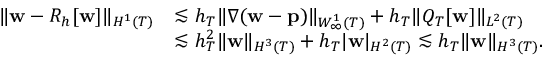
\begin{array} { r l } { \| \mathbf { w } - R _ { h } [ \mathbf { w } ] \| _ { H ^ { 1 } ( T ) } } & { \lesssim h _ { T } \| \nabla ( \mathbf { w } - \mathbf { p } ) \| _ { W _ { \infty } ^ { 1 } ( T ) } + h _ { T } \| Q _ { T } [ \mathbf { w } ] \| _ { L ^ { 2 } ( T ) } } \\ & { \lesssim h _ { T } ^ { 2 } \| \mathbf { w } \| _ { H ^ { 3 } ( T ) } + h _ { T } | \mathbf { w } | _ { H ^ { 2 } ( T ) } \lesssim h _ { T } \| \mathbf { w } \| _ { H ^ { 3 } ( T ) } . } \end{array}